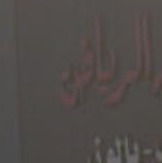
الراية